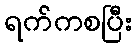
ရက်ကစပြီး